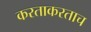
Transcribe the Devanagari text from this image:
करताकरताच